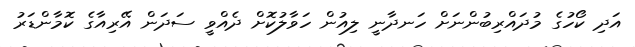
އަދި ކޯހުގެ މުދައްރިބުންނަށް ހަނދާނީ ލިއުން ހަވާލުކޮށް ދެއްވީ ސަދަން އޭރިއާގެ ކޮމާންޑަރު